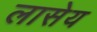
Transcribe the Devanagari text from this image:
लासेय